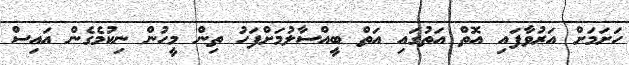
ހަށަމަށް އަރުވާފައި އޮތް އަތުގައި އަތް ބީއްސާލުމަށްފަހު ތިން މީހުން ނިކުމެގެން އައިސް